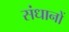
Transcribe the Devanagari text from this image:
संधानों